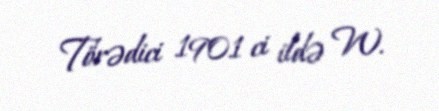
Törədici 1901 ci ildə W.